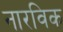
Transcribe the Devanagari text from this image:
नारविक